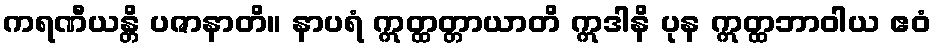
ကရဏီယန္တိ ပဇာနာတိ။ နာပရံ ဣတ္ထတ္တာယာတိ ဣဒါနိ ပုန ဣတ္ထဘာဝါယ ဧဝံ